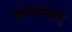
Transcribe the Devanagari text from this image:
सम्प्रदायकी